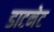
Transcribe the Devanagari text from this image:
डाटनेट